Calcutta medical institutions reports 1871-78
Year: 1871
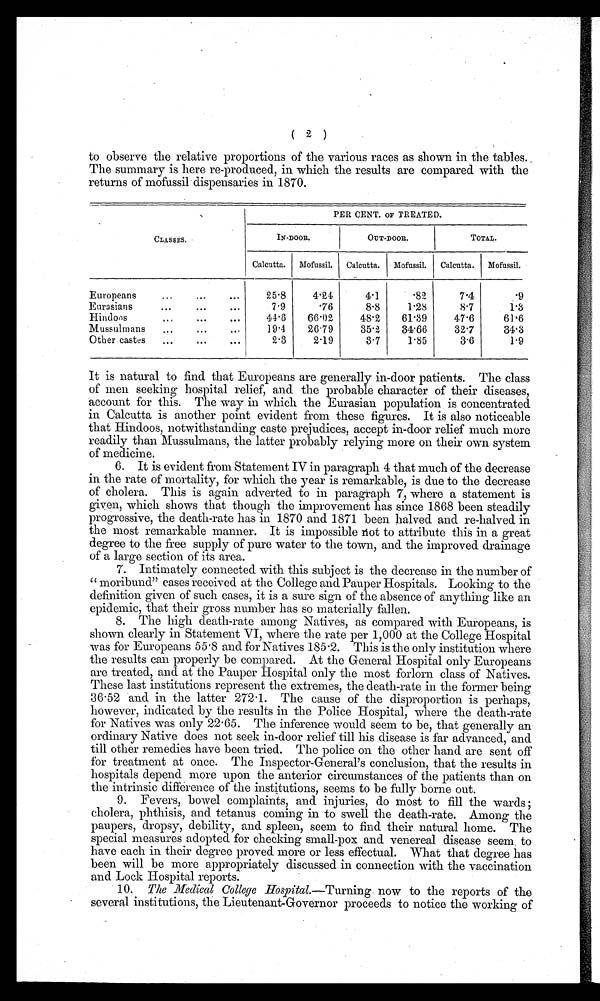
( 2 )
to observe the relative proportions of the various races as shown in the tables.
The summary is here re-produced, in which the results are compared with the
returns of mofussil dispensaries in 1870.
CLASSES.
PER CENT. OF TREATED.
IN-DOOR.
OUT-DOOR.
TOTAL.
Calcutta.
Mofussil.
Calcutta.
Mofussil.
Calcutta.
Mofussil.
Europeans
...
...
•.•
25.8
4.24
4.1
. 8 2
7.4
. 9
Eurasians
7.9
. 7 6
8.8
1.28
8.7
1.3
H i n d o o s
44.6
66 . 02
48.2
61 . 39
47.6
61.6
M u s s u l m a n s
19 . 4
2 6 . 7 9
35.2
34.66
3 2 . 7
34.3
Other castes
2.3
2.19
3.7
1 . 8 5
3.6
1.9
It is natural to find that Europeans are generally in-door patients. The class
of men seeking hospital relief, and the probable character of their diseases,
account for this. The way in which the Eurasian population is concentrated
in Calcutta is another point evident from these figures. It is also noticeable
that Hindoos, notwithstanding caste prejudices, accept in-door relief much more
readily than Mussulmans, the latter probably relying more on their own system
of medicine.
6. It is evident from Statement IV in paragraph 4 that much of the decrease
in the rate of mortality, for which the year is remarkable, is due to the decrease
of cholera. This is again adverted to in paragraph 7, where a statement is
given, which shows that though the improvement has since 1868 been steadily
progressive, the death-rate has in 1870 and 1871 been halved and re-halved in
the most remarkable manner. It is impossible not to attribute this in a great
degree to the free supply of pure water to the town, and the improved drainage
of a large section of its area.
7. Intimately connected with this subject is the decrease in the number of
“moribund" cases received at the College and Pauper Hospitals. Looking to the
definition given of such cases, it is a sure sign of the absence of anything like an
epidemic, that their gross number has so materially fallen.
8. The high death-rate among Natives, as compared with Europeans, is
shown clearly in Statement VI, where the rate per 1,000 at the College Hospital
was for Europeans 55 . 8 and for Natives 185 . 2. This is the only institution where
the results can properly be compared. At the General Hospital only Europeans
are treated, and at the Pauper Hospital only the most forlorn class of Natives.
These last institutions represent the extremes, the death-rate in the former being
36 . 52 and in the latter 272 . 1. The cause of the disproportion is perhaps,
however, indicated by the results in the Police Hospital, where the death-rate
for Natives was only 22 . 65. The inference would seem to be, that generally an
ordinary Native does not seek in-door relief till his disease is far advanced, and
till other remedies have been tried. The police on the other hand are sent off
for treatment at once. The Inspector-General's conclusion, that the results in
hospitals depend more upon the anterior circumstances of the patients than on
the intrinsic difference of the institutions, seems to be fully borne out.
9. Fevers, bowel complaints, and injuries, do most to fill the wards;
cholera, phthisis, and tetanus coming in to swell the death-rate. Among the
paupers, dropsy, debility, and spleen, seem to find their natural home. The
special measures adopted for checking small-pox and venereal disease seem, to
have each in their degree proved more or less effectual. What that degree has
been will be more appropriately discussed in connection with the vaccination
and Lock Hospital reports.
10. The Medical College Hospital.—Turning now to the reports of the
several institutions, the Lieutenant-Governor proceeds to notice the working of